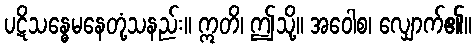
ပဋိသန္ဓေမနေတုံ့သနည်း။ ဣတိ၊ ဤသို့။ အဝေါစ၊ လျှောက်၏။